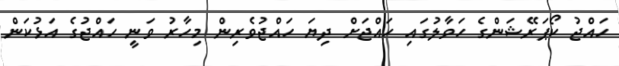
ހައްޖު ކޯޕަރޭޝަންގެ ހަވާލުގައި ހައްޖަށް ދިޔަ ހައްޖުވެރިން މިހާރު ވަނީ ހައްޖުގެ އަޅުކަން